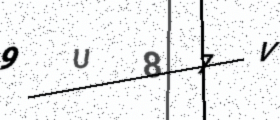
Text: 9U87V